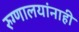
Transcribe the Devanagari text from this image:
रुग्णालयांनाही